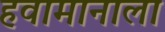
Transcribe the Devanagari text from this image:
हवामानाला